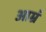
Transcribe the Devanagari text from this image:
आम्रं